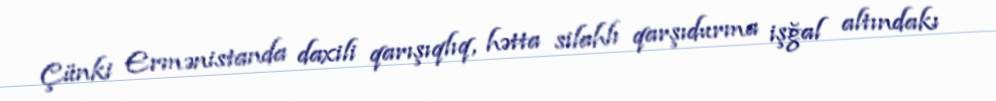
Çünki Ermənistanda daxili qarışıqlıq, hətta silahlı qarşıdurma işğal altındakı